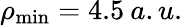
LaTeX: \rho_{\mathrm{min}}=4.5\: a.u.